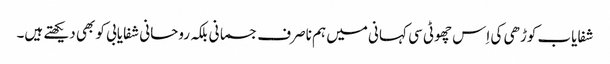
شفایاب کوڑھی کی اِس چھوٹی سی کہانی میں ہم ناصرف جسمانی بلکہ روحانی شفایابی کو بھی دیکھتے ہیں۔